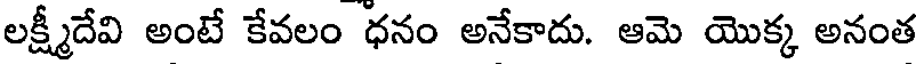
లక్ష్మీదేవి అంటే కేవలం ధనం అనేకాదు. ఆమె యొక్క అనంత